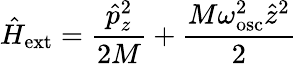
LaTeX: {\hat{H}}_{\mathrm{ext}}=\frac{{\hat{p}}_{z}^{2}}{2M}+\frac{M\omega_{\mathrm{osc}}^{2}{\hat{z}}^{2}}{2}